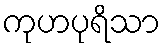
ကုဟပုရိသာ